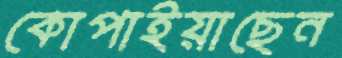
কোপাইয়াছেন